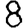
Digit: 8